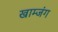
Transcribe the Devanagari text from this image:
खाम्जंग